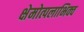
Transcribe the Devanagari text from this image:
क्षेमोत्पलाभिक्व